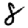
Digit: 8